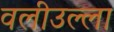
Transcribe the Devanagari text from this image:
वलीउल्ला